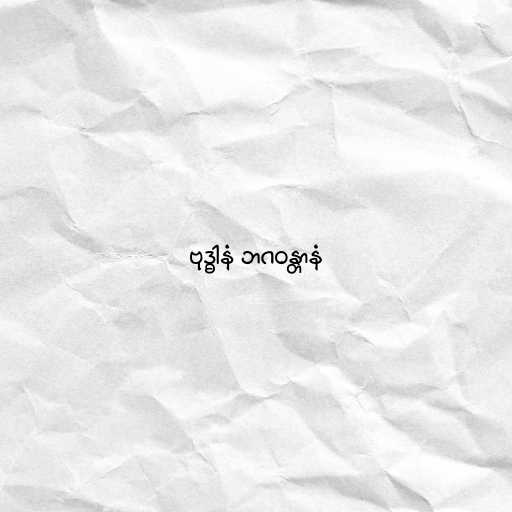
ဗုဒ္ဓါနံ ဘဂဝန္တာနံ